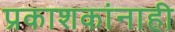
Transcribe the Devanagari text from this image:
प्रकाशकांनाही